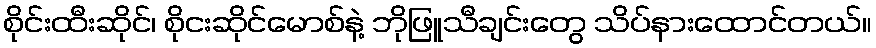
စိုင်းထီးဆိုင်၊ စိုငးဆိုင်မောစ်နဲ့ ဘိုဖြူသီချင်းတွေ သိပ်နားထောင်တယ်။